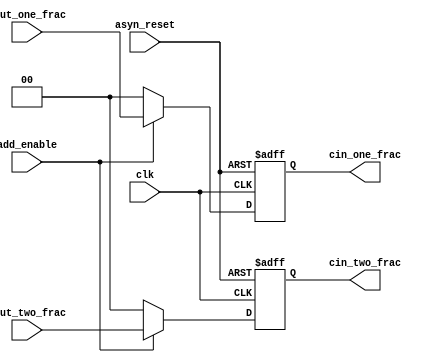
module add_control (
	clk,
	add_enable,
	asyn_reset,
	cin_one_frac,
	cin_two_frac,
	cout_one_frac,
	cout_two_frac
);

input clk;
input add_enable;
input asyn_reset;
input[1:0] cout_two_frac, cout_one_frac;
output [1:0] cin_one_frac, cin_two_frac;
reg [1:0] cin_one_frac, cin_two_frac; 


always @ (posedge clk or posedge asyn_reset) begin
	if (asyn_reset) begin
		cin_one_frac <= 0;
		cin_two_frac <= 0;
	end
	else begin
		if (add_enable) begin
			cin_one_frac <= cout_one_frac;
			cin_two_frac <= cout_two_frac;
		end
		else begin
			cin_one_frac <= 0;
			cin_two_frac <= 0;
		end
	end
end

endmodule